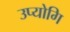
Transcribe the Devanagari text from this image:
उप्योगि